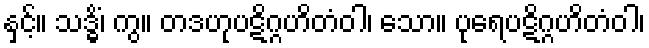
နှင့်။ သဒ္ဓိံ၊ ကွ။ တဒဟုပဋိဂ္ဂဟိတံဝါ၊ သော။ ပုရေပဋိဂ္ဂဟိတံဝါ၊